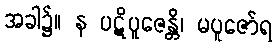
အခါ၌။ န ပဋိပူဇေန္တိ၊ မပူဇော်ရ